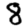
Digit: 8